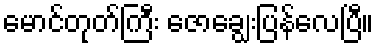
မောင်တုတ်ကြီး ဇောချွေးပြန်လေပြီ။